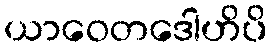
ယာဝေတဒေါဟိပိ